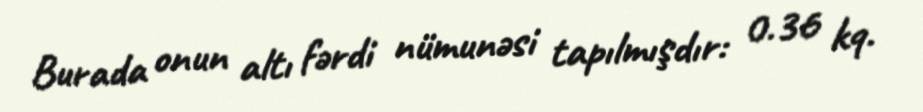
Burada onun altı fərdi nümunəsi tapılmışdır: 0.36 kq.